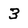
Character: 3